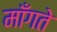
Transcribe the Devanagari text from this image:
मॉँगते